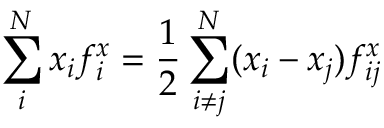
\sum _ { i } ^ { N } x _ { i } f _ { i } ^ { x } = \frac { 1 } { 2 } \sum _ { i \ne j } ^ { N } ( x _ { i } - x _ { j } ) f _ { i j } ^ { x }